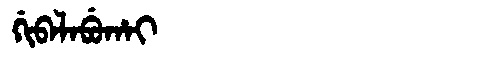
Manchu: ᡤᡳᠪᠠᠯᠠᠪᡠᡥᠠᡳ
Romanization: GIBALABUHAI